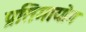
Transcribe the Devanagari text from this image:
प्रतिमायोग